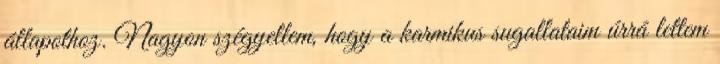
állapothoz. Nagyon szégyellem, hogy a karmikus sugallataim úrrá lettem